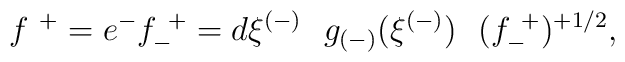
f^{~+} = e^{-}f^{~+}_{-} = d\xi^{(-)}~~  g_{(-)}(\xi^{(-)}) ~~(f^{~+}_{-})^{+1/2} ,\qquad